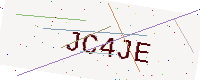
Text: JC4JE